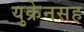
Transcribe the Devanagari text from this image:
युक्रेनसह